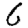
Digit: 6